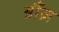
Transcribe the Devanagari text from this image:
ब्रौंज़